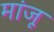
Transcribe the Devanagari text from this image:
मांजू